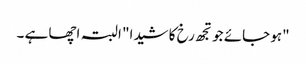
"ہو جائے جو تجھ رخ کا شیدا" البتہ اچھا ہے ۔